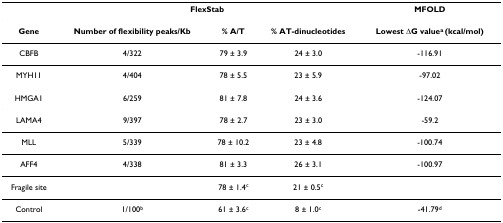
<table><thead><tr><td></td><td colspan="3"><b>FlexStab</b></td><td><b>MFOLD</b></td></tr></thead><tbody><tr><td><b>Gene</b></td><td><b>Number of flexibility peaks/Kb</b></td><td><b>% A/T</b></td><td><b>% AT-dinucleotides</b></td><td><b>Lowest ΔG value<sup>a </sup>(kcal/mol)</b></td></tr><tr><td>CBFB</td><td>4/322</td><td>79 ± 3.9</td><td>24 ± 3.0</td><td>-116.91</td></tr><tr><td>MYH11</td><td>4/404</td><td>78 ± 5.5</td><td>23 ± 5.9</td><td>-97.02</td></tr><tr><td>HMGA1</td><td>6/259</td><td>81 ± 7.8</td><td>24 ± 3.6</td><td>-124.07</td></tr><tr><td>LAMA4</td><td>9/397</td><td>78 ± 2.7</td><td>23 ± 3.0</td><td>-59.2</td></tr><tr><td>MLL</td><td>5/339</td><td>78 ± 10.2</td><td>23 ± 4.8</td><td>-100.74</td></tr><tr><td>AFF4</td><td>4/338</td><td>81 ± 3.3</td><td>26 ± 3.1</td><td>-100.97</td></tr><tr><td>Fragile site</td><td></td><td>78 ± 1.4<sup>c</sup></td><td>21 ± 0.5<sup>c</sup></td><td></td></tr><tr><td>Control</td><td>1/100<sup>b</sup></td><td>61 ± 3.6<sup>c</sup></td><td>8 ± 1.0<sup>c</sup></td><td>-41.79<sup>d</sup></td></tr></tbody></table>